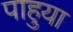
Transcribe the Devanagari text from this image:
पाहुया